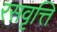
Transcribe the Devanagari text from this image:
रसवृत्ति